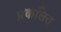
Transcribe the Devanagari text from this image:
प्रकलित